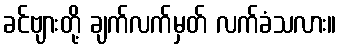
ခင်ဗျားတို့ ချက်လက်မှတ် လက်ခံသလား။